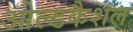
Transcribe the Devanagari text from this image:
ओल्डकैशल